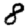
Digit: 8